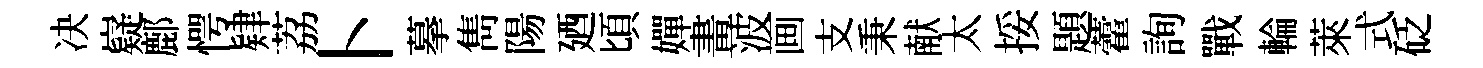
决嶷鄜愕肄荔卜摹雋陽廼頃嬋畫波画支秉献太挼題藿詢戰輪萊式砭